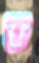
ড